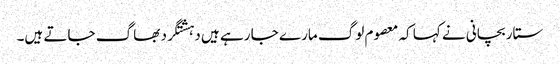
ستار بچانی نے کہا کہ معصوم لوگ مارے جا رہے ہیں دہشتگرد بھاگ جاتے ہیں۔